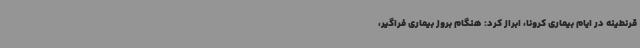
قرنطینه در ایام بیماری کرونا، ابراز کرد: هنگام بروز بیماری فراگیر،